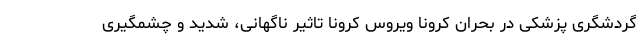
گردشگری پزشکی در بحران کرونا ویروس کرونا تاثیر ناگهانی، شدید و چشمگیری